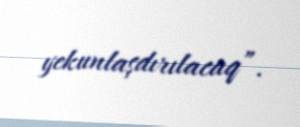
yekunlaşdırılacaq”.